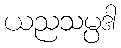
ယညသမ္ပဒါ